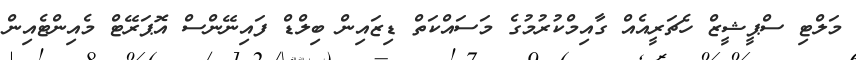
މަލްޓި ސްޕީޝީޒް ހެޗަރީއެއް ގާއިމްކުރުމުގެ މަސައްކަތް ޑިޒައިން ބިލްޑް ފައިނޭންސް އޮޕަރޭޓް މެއިންޓެއިން